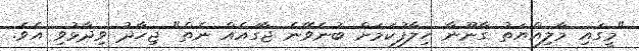
"މީގައި މާލިއްޔަތު ގާނޫނާ ހިލާފުކަމަށް ބުނެވޭނެ ޖާގައެއް ނެތް" ޖިހާދު ވިދާޅުވި އެވެ.